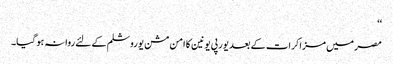
‘‘
مصر میں مزاکرات کے بعد یورپی یونین کا امن مشن یوروشلم کے لئے روانہ ہو گیا۔